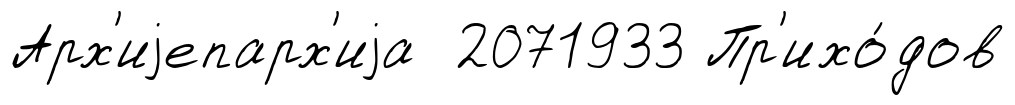
Арх'иjепарх'иjа 2071933 Пр'ихо́дов